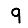
Digit: 9